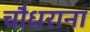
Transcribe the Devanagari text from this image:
चौधराना